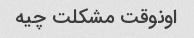
اونوقت مشکلت چیه